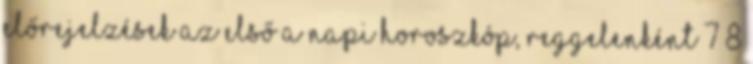
előrejelzések az első a Napi horoszkóp, reggelenként 7 8